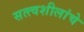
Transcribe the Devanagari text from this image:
सत्त्वशीलांचे